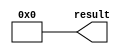
// megafunction wizard: %LPM_CONSTANT%
// GENERATION: STANDARD
// VERSION: WM1.0
// MODULE: lpm_constant 

// ============================================================
// Megafunction Name(s):
// 			lpm_constant
//
// Simulation Library Files(s):
// 			
// ============================================================
// ************************************************************
// THIS IS A WIZARD-GENERATED FILE. DO NOT EDIT THIS FILE!
//
// 9.0 Build 132 02/25/2009 SJ Web Edition
// ************************************************************


//Copyright (C) 1991-2009 Altera Corporation
//Your use of Altera Corporation's design tools, logic functions 
//and other software and tools, and its AMPP partner logic 
//functions, and any output files from any of the foregoing 
//(including device programming or simulation files), and any 
//associated documentation or information are expressly subject 
//to the terms and conditions of the Altera Program License 
//Subscription Agreement, Altera MegaCore Function License 
//Agreement, or other applicable license agreement, including, 
//without limitation, that your use is for the sole purpose of 
//programming logic devices manufactured by Altera and sold by 
//Altera or its authorized distributors.  Please refer to the 
//applicable agreement for further details.


//lpm_constant CBX_AUTO_BLACKBOX="ALL" ENABLE_RUNTIME_MOD="NO" LPM_CVALUE=00000000 LPM_WIDTH=32 result
//VERSION_BEGIN 9.0 cbx_lpm_constant 2008:10:27:14:59:22:SJ cbx_mgl 2009:01:29:16:12:07:SJ  VERSION_END
// synthesis VERILOG_INPUT_VERSION VERILOG_2001
// altera message_off 10463


//synthesis_resources = 
//synopsys translate_off
`timescale 1 ps / 1 ps
//synopsys translate_on
module  constant_32bits_0_lpm_constant_r09
	( 
	result) ;
	output   [31:0]  result;


	assign
		result = {32{1'b0}};
endmodule //constant_32bits_0_lpm_constant_r09
//VALID FILE


// synopsys translate_off
`timescale 1 ps / 1 ps
// synopsys translate_on
module constant_32bits_0 (
	result);

	output	[31:0]  result;

	wire [31:0] sub_wire0;
	wire [31:0] result = sub_wire0[31:0];

	constant_32bits_0_lpm_constant_r09	constant_32bits_0_lpm_constant_r09_component (
				.result (sub_wire0));

endmodule

// ============================================================
// CNX file retrieval info
// ============================================================
// Retrieval info: PRIVATE: INTENDED_DEVICE_FAMILY STRING "Stratix II"
// Retrieval info: PRIVATE: JTAG_ENABLED NUMERIC "0"
// Retrieval info: PRIVATE: JTAG_ID STRING "NONE"
// Retrieval info: PRIVATE: Radix NUMERIC "10"
// Retrieval info: PRIVATE: SYNTH_WRAPPER_GEN_POSTFIX STRING "0"
// Retrieval info: PRIVATE: Value NUMERIC "0"
// Retrieval info: PRIVATE: nBit NUMERIC "32"
// Retrieval info: CONSTANT: LPM_CVALUE NUMERIC "0"
// Retrieval info: CONSTANT: LPM_HINT STRING "ENABLE_RUNTIME_MOD=NO"
// Retrieval info: CONSTANT: LPM_TYPE STRING "LPM_CONSTANT"
// Retrieval info: CONSTANT: LPM_WIDTH NUMERIC "32"
// Retrieval info: USED_PORT: result 0 0 32 0 OUTPUT NODEFVAL result[31..0]
// Retrieval info: CONNECT: result 0 0 32 0 @result 0 0 32 0
// Retrieval info: LIBRARY: lpm lpm.lpm_components.all
// Retrieval info: GEN_FILE: TYPE_NORMAL constant_32bits_0.v TRUE
// Retrieval info: GEN_FILE: TYPE_NORMAL constant_32bits_0.inc TRUE
// Retrieval info: GEN_FILE: TYPE_NORMAL constant_32bits_0.cmp FALSE
// Retrieval info: GEN_FILE: TYPE_NORMAL constant_32bits_0.bsf TRUE FALSE
// Retrieval info: GEN_FILE: TYPE_NORMAL constant_32bits_0_inst.v FALSE
// Retrieval info: GEN_FILE: TYPE_NORMAL constant_32bits_0_bb.v TRUE